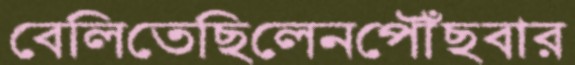
বেলিতেছিলেনপৌঁছবার